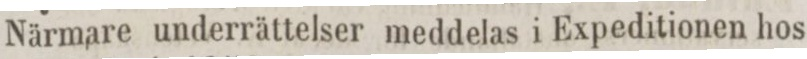
Närmare underrättelser meddelas i Expeditionen hos